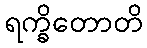
ရက္ခိတောတိ